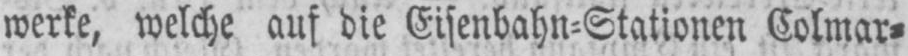
werke, welche auf die Eisenbahn⸗Stationen Colmar⸗